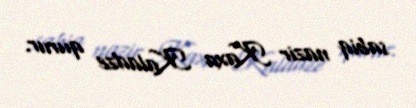
sabiq nazir Kaxa Kaladze qurur.